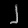
Digit: ၂